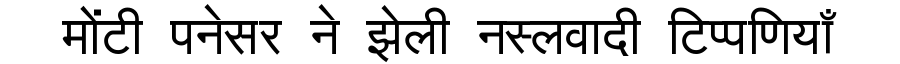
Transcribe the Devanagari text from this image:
मोंटी पनेसर ने झेली नस्लवादी टिप्पणियाँ